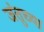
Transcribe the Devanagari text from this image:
जंतुच्या